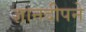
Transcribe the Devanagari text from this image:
ज्ञानदीपने